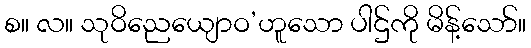
စ။ လ။ သုဝိညေယျောဝ’ဟူသော ပါဌ်ကို မိန့်သော်။